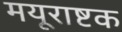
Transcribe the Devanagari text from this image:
मयूराष्टक